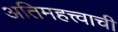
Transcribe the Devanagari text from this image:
अतिमहत्त्वाची